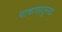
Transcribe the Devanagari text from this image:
पाषाणातूनच